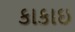
કાકાઇ